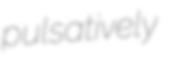
pulsatively